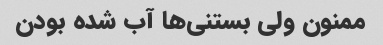
ممنون ولی بستنی‌ها آب شده بودن